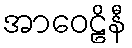
အာဝေဠိနီ